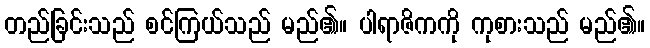
တည်ခြင်းသည် စင်ကြယ်သည် မည်၏။ ပါရာဇိကကို ကုစားသည် မည်၏။